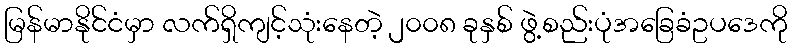
မြန်မာနိုင်ငံမှာ လက်ရှိကျင့်သုံးနေတဲ့ ၂၀၀၈ ခုနှစ် ဖွဲ့စည်းပုံအခြေခံဥပဒေကို